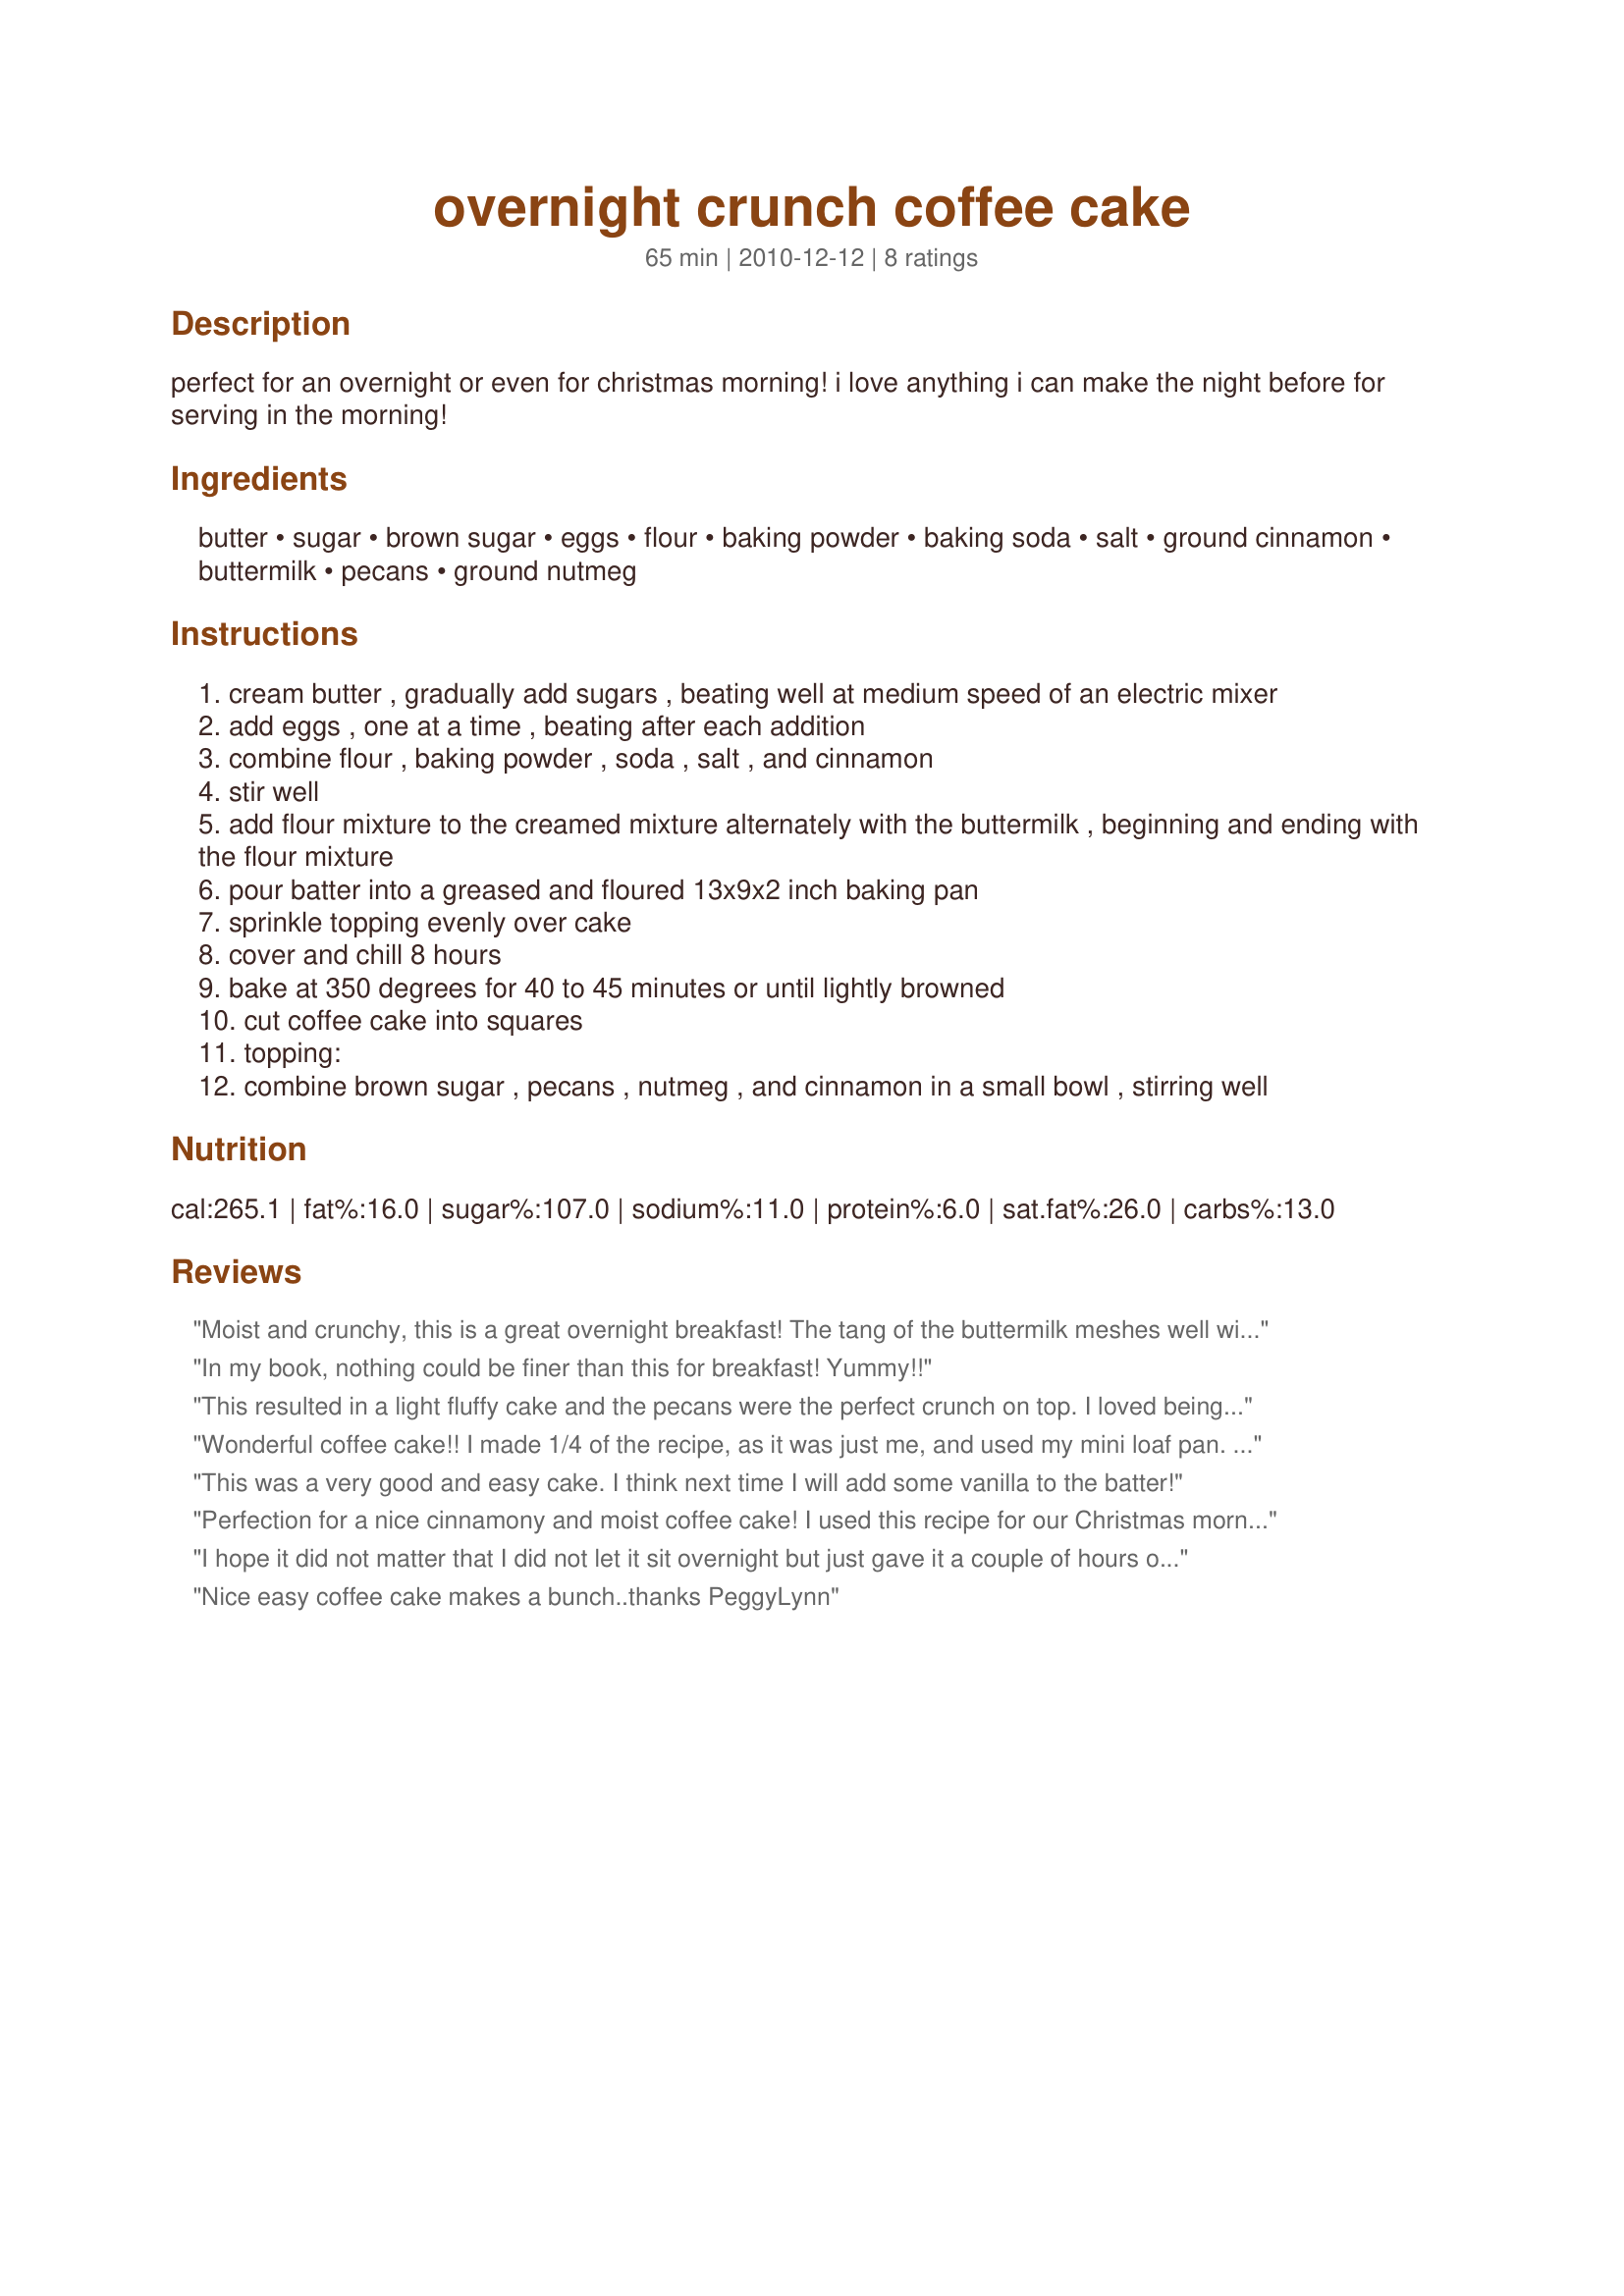
overnight crunch coffee cake
Preparation time: 65 minutes

perfect for an overnight or even for christmas morning! i love anything i can make the night before for serving in the morning!

Ingredients:
butter, sugar, brown sugar, eggs, flour, baking powder, baking soda, salt, ground cinnamon, buttermilk, pecans, ground nutmeg

Steps:
cream butter , gradually add sugars , beating well at medium speed of an electric mixer
add eggs , one at a time , beating after each addition
combine flour , baking powder , soda , salt , and cinnamon
stir well
add flour mixture to the creamed mixture alternately with the buttermilk , beginning and ending with the flour mixture
pour batter into a greased and floured 13x9x2 inch baking pan
sprinkle topping evenly over cake
cover and chill 8 hours
bake at 350 degrees for 40 to 45 minutes or until lightly browned
cut coffee cake into squares
topping:
combine brown sugar , pecans , nutmeg , and cinnamon in a small bowl , stirring well

Reviews:
Moist and crunchy, this is a great overnight breakfast! The tang of the buttermilk meshes well with the nutmeg and cinnamon, and the streusel 'like' topping was wonderful. I followed the directions as written and have tucked this away for future breakfasts. You've made my life a bit easier, especially on a holiday! Thanks for sharing, breezermom.
In my book, nothing could be finer than this for breakfast! Yummy!!
This resulted in a light fluffy cake and the pecans were the perfect crunch on top. I loved being able to just pop in the oven in the morning. Thanks!
Wonderful coffee cake!! I made 1/4 of the recipe, as it was just me, and used my mini loaf pan. I also didn't make it the night before, just whipped it up in the morning. While baking all the topping sank to the bottom of the cake. What a great combination of crunch from the pecans and crispy outside with the soft cinnamon flavored inside. Thanks for sharing the recipe. Made for Photo Tag game.
This was a very good and easy cake. I think next time I will add some vanilla to the batter!
Perfection for a nice cinnamony and moist coffee cake! I used this recipe for our Christmas morning breakfast and it was so nice just being able to pop the prepared batter (that sat overnight in the fridge) into the oven and when the timer rang out I served up a yummy treat to my family. It is excellent warm from the oven and also later with a cup of coffee. I did add a bit of nutmeg to the batter and used chopped almonds in place of the pecans as a personal preference. Definitely will be using this recipe often as it will be a great treat for my kids even on school mornings when I want to surprise them. Thanks so much for sharing in the Newest Zaar tag game.
I hope it did not matter that I did not let it sit overnight but just gave it a couple of hours over lunchtime !! We loved it and the texture of the cake was soft and velvety. We ate it warm with custard.
Nice easy coffee cake makes a bunch..thanks PeggyLynn
